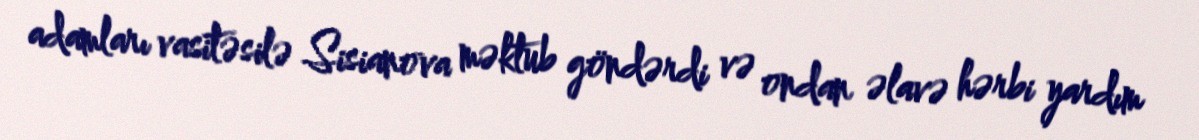
adamları vasitəsilə Sisianova məktub göndərdi və ondan əlavə hərbi yardım